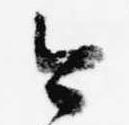
今